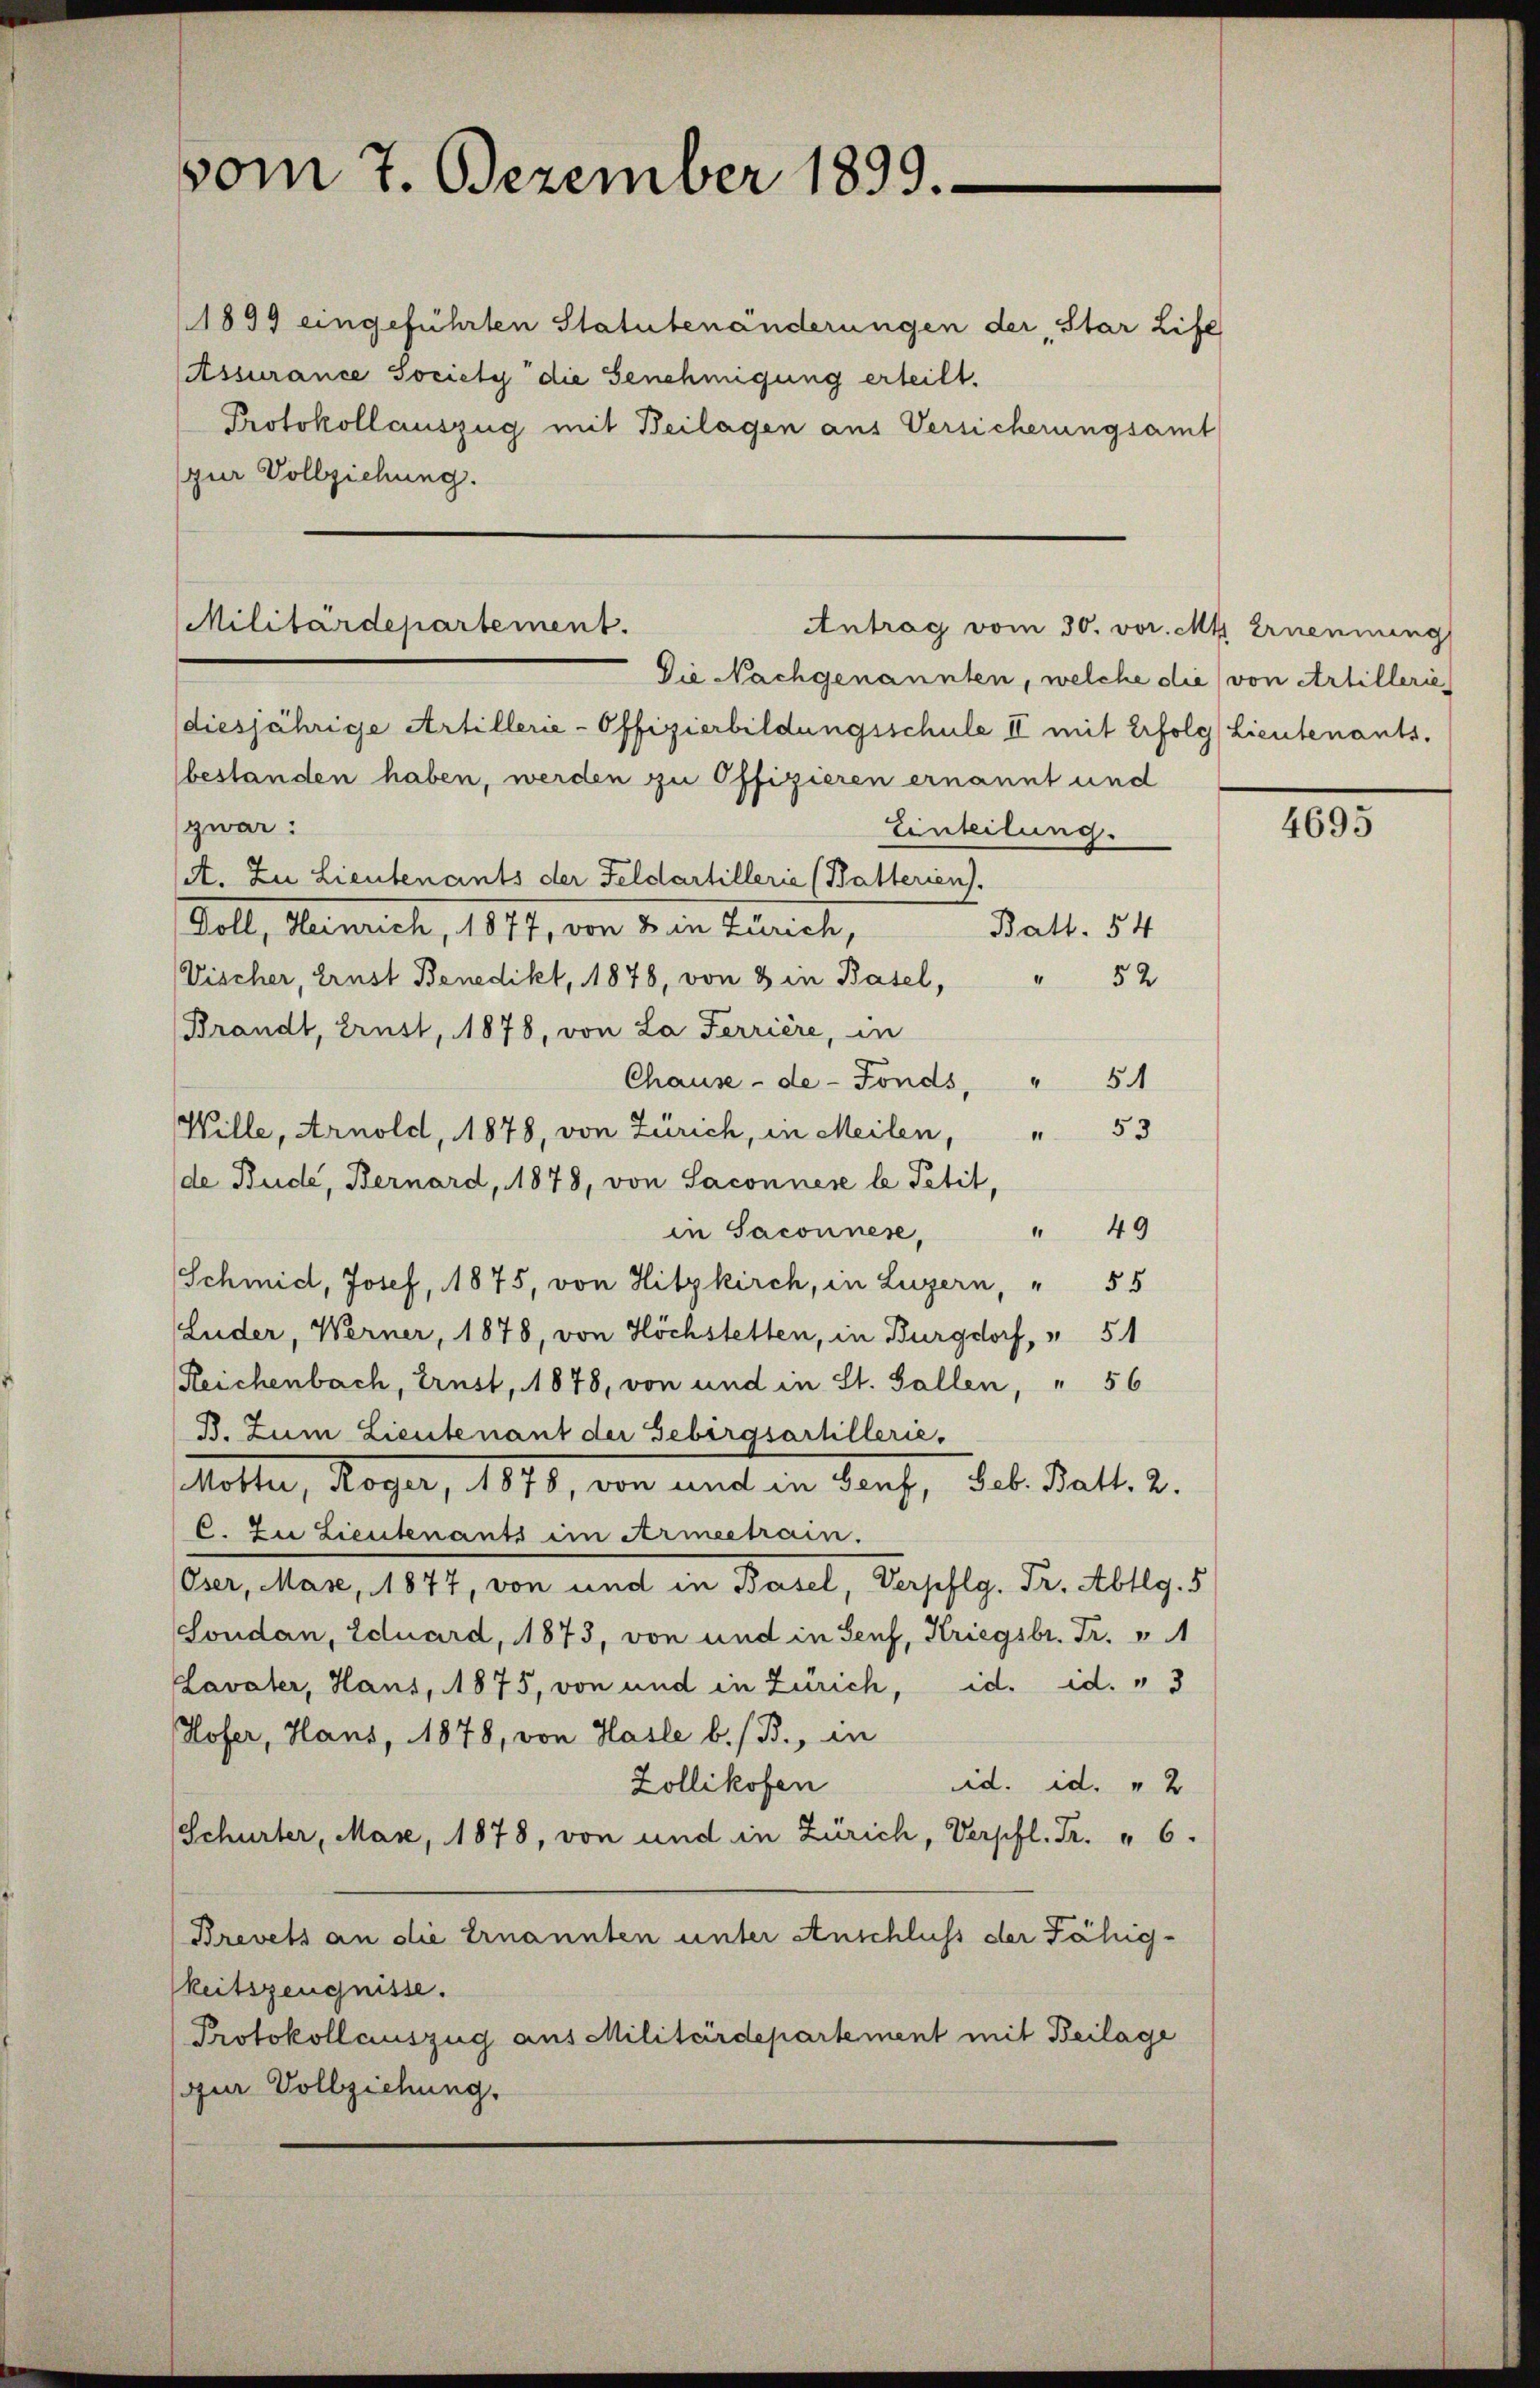
vom 7. Dezember 1899.

1899 eingeführten Statutenänderungen der Star Life
(Assurance Society die Genehmigung erteilt.
Protokollauszug mit Beilagen aus Versicherungsamt
(zur Vollziehung.

Militärdepartement.
Antrag vom 30. vor. Mt Ernennung

Die Nachgenannten, welche die von Artillerie
diesjährige Artillerie-Offizierbildungsschule II mit Erfolg (Lieutenants.
bestanden haben, werden zu Offizieren ernannt und
zwar:
Einteilung.
(At. Zu Lieutenants der Feldartillerie (Batterien).
Toll, Herreich, 1871, von 2. ein Tuch,
Batt. 54
52
Vischer, Ernst Benedikt, 1878, von 8 in Basel,
Brandt, Brust, 1878, von La Ferrière, in
Chause - de-Fonds, "
54
Wille, Arnold, 1878, von Zürich, in Meilen, " 53
(de Bude, Bernard, 1878, von Saconnere le Petit,
" 49
in Saconnere,
Schmid, Josef, 1875, von Hitzkirch, in Luzern, " 55
Luder, Werner, 1878, von Höchstetten, in Burgdorf, " 51
Reichenbach, Ernst, 1878, von und in St. Gallen, " 56
B. Zum Lieutenant der Gebirgsartillerie,
Motter, Roger, 1870, von und in Bauf, Seb. Batt. 2.
C. Zu Lieutenants im Armeetrain.
Oser, Mase, 1877, von und in Basel, Verpflg. Fr. Abtlg. 5
Soudan, Eduard, 1873, von und in Senf, Kriegsbr. Fr. v
id. id. " 3
Lavater, Hans, 1875, von und in Zürich,
Hofer, Hans, 1878, von Hasle b./B., in
Zollikofen
id. id. " 2
(Schurter, Mase, 1878, von und in Zürich, Verpfl. Fr. " 6.
Brevets an die Ernannten unter Anschluss der Fähig-
keitszeugnisse.
Protokollauszug aus Militärdepartement mit Beilage
zur Vollziehung.

4695